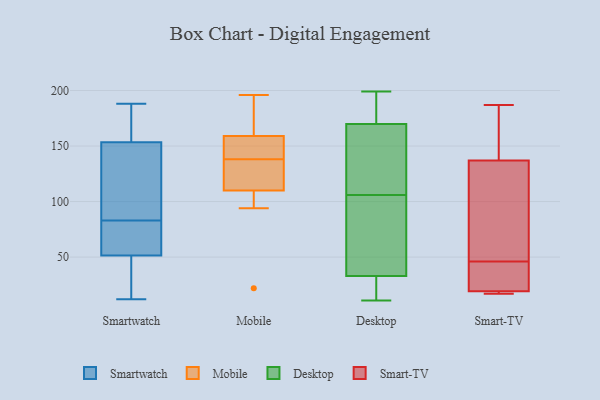
{"axis": {"x": "Inventory Turnover", "y": "Value"}, "legend": ["Desktop", "Mobile", "Smart-TV", "Smartwatch"], "data": [{"x": "", "y": 12, "type": "Smartwatch"}, {"x": "", "y": 188, "type": "Smartwatch"}, {"x": "", "y": 61, "type": "Smartwatch"}, {"x": "", "y": 83, "type": "Smartwatch"}, {"x": "", "y": 61, "type": "Smartwatch"}, {"x": "", "y": 185, "type": "Smartwatch"}, {"x": "", "y": 102, "type": "Smartwatch"}, {"x": "", "y": 161, "type": "Smartwatch"}, {"x": "", "y": 55, "type": "Smartwatch"}, {"x": "", "y": 163, "type": "Smartwatch"}, {"x": "", "y": 97, "type": "Smartwatch"}, {"x": "", "y": 38, "type": "Smartwatch"}, {"x": "", "y": 56, "type": "Smartwatch"}, {"x": "", "y": 41, "type": "Smartwatch"}, {"x": "", "y": 19, "type": "Smartwatch"}, {"x": "", "y": 151, "type": "Smartwatch"}, {"x": "", "y": 103, "type": "Smartwatch"}, {"x": "", "y": 94, "type": "Mobile"}, {"x": "", "y": 189, "type": "Mobile"}, {"x": "", "y": 182, "type": "Mobile"}, {"x": "", "y": 110, "type": "Mobile"}, {"x": "", "y": 148, "type": "Mobile"}, {"x": "", "y": 159, "type": "Mobile"}, {"x": "", "y": 99, "type": "Mobile"}, {"x": "", "y": 120, "type": "Mobile"}, {"x": "", "y": 113, "type": "Mobile"}, {"x": "", "y": 22, "type": "Mobile"}, {"x": "", "y": 157, "type": "Mobile"}, {"x": "", "y": 134, "type": "Mobile"}, {"x": "", "y": 142, "type": "Mobile"}, {"x": "", "y": 196, "type": "Mobile"}, {"x": "", "y": 52, "type": "Desktop"}, {"x": "", "y": 79, "type": "Desktop"}, {"x": "", "y": 142, "type": "Desktop"}, {"x": "", "y": 106, "type": "Desktop"}, {"x": "", "y": 190, "type": "Desktop"}, {"x": "", "y": 11, "type": "Desktop"}, {"x": "", "y": 140, "type": "Desktop"}, {"x": "", "y": 195, "type": "Desktop"}, {"x": "", "y": 11, "type": "Desktop"}, {"x": "", "y": 20, "type": "Desktop"}, {"x": "", "y": 199, "type": "Desktop"}, {"x": "", "y": 48, "type": "Desktop"}, {"x": "", "y": 114, "type": "Desktop"}, {"x": "", "y": 179, "type": "Desktop"}, {"x": "", "y": 28, "type": "Desktop"}, {"x": "", "y": 18, "type": "Smart-TV"}, {"x": "", "y": 28, "type": "Smart-TV"}, {"x": "", "y": 142, "type": "Smart-TV"}, {"x": "", "y": 187, "type": "Smart-TV"}, {"x": "", "y": 23, "type": "Smart-TV"}, {"x": "", "y": 155, "type": "Smart-TV"}, {"x": "", "y": 48, "type": "Smart-TV"}, {"x": "", "y": 18, "type": "Smart-TV"}, {"x": "", "y": 122, "type": "Smart-TV"}, {"x": "", "y": 17, "type": "Smart-TV"}, {"x": "", "y": 46, "type": "Smart-TV"}]}